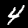
Digit: 4